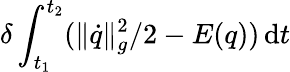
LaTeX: \delta\int_{t_{1}}^{t_{2}}(\| \dot{q}\| _{g}^{2}/2-E(q))\, \mathrm{d}t